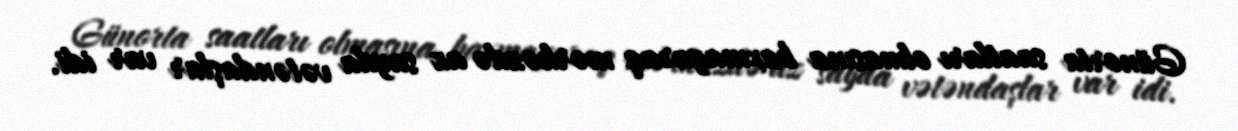
Günorta saatları olmasına baxmayaraq mərkəzdə az sayda vətəndaşlar var idi.